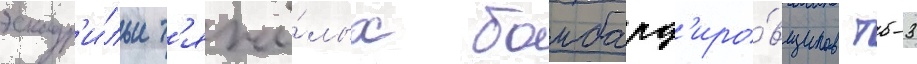
эскадр'и́льи т'яжё́лых бомбард'иро́вщиков тб-3